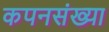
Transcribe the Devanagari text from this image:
कपनसंख्या